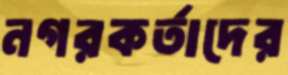
নগরকর্তাদের